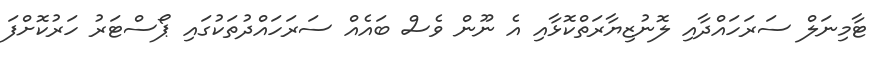
ޓާމިނަލް ސަރަހައްދާއި ލޮނުޒިޔާރަތްކޮޅާއި އެ ނޫން ވެސް ބައެއް ސަރަހައްދުތަކުގައި ޕޯސްޓަރު ހަރުކޮށްފަ